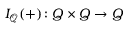
I _ { \mathcal { Q } } ( + ) \colon Q \times Q \to Q